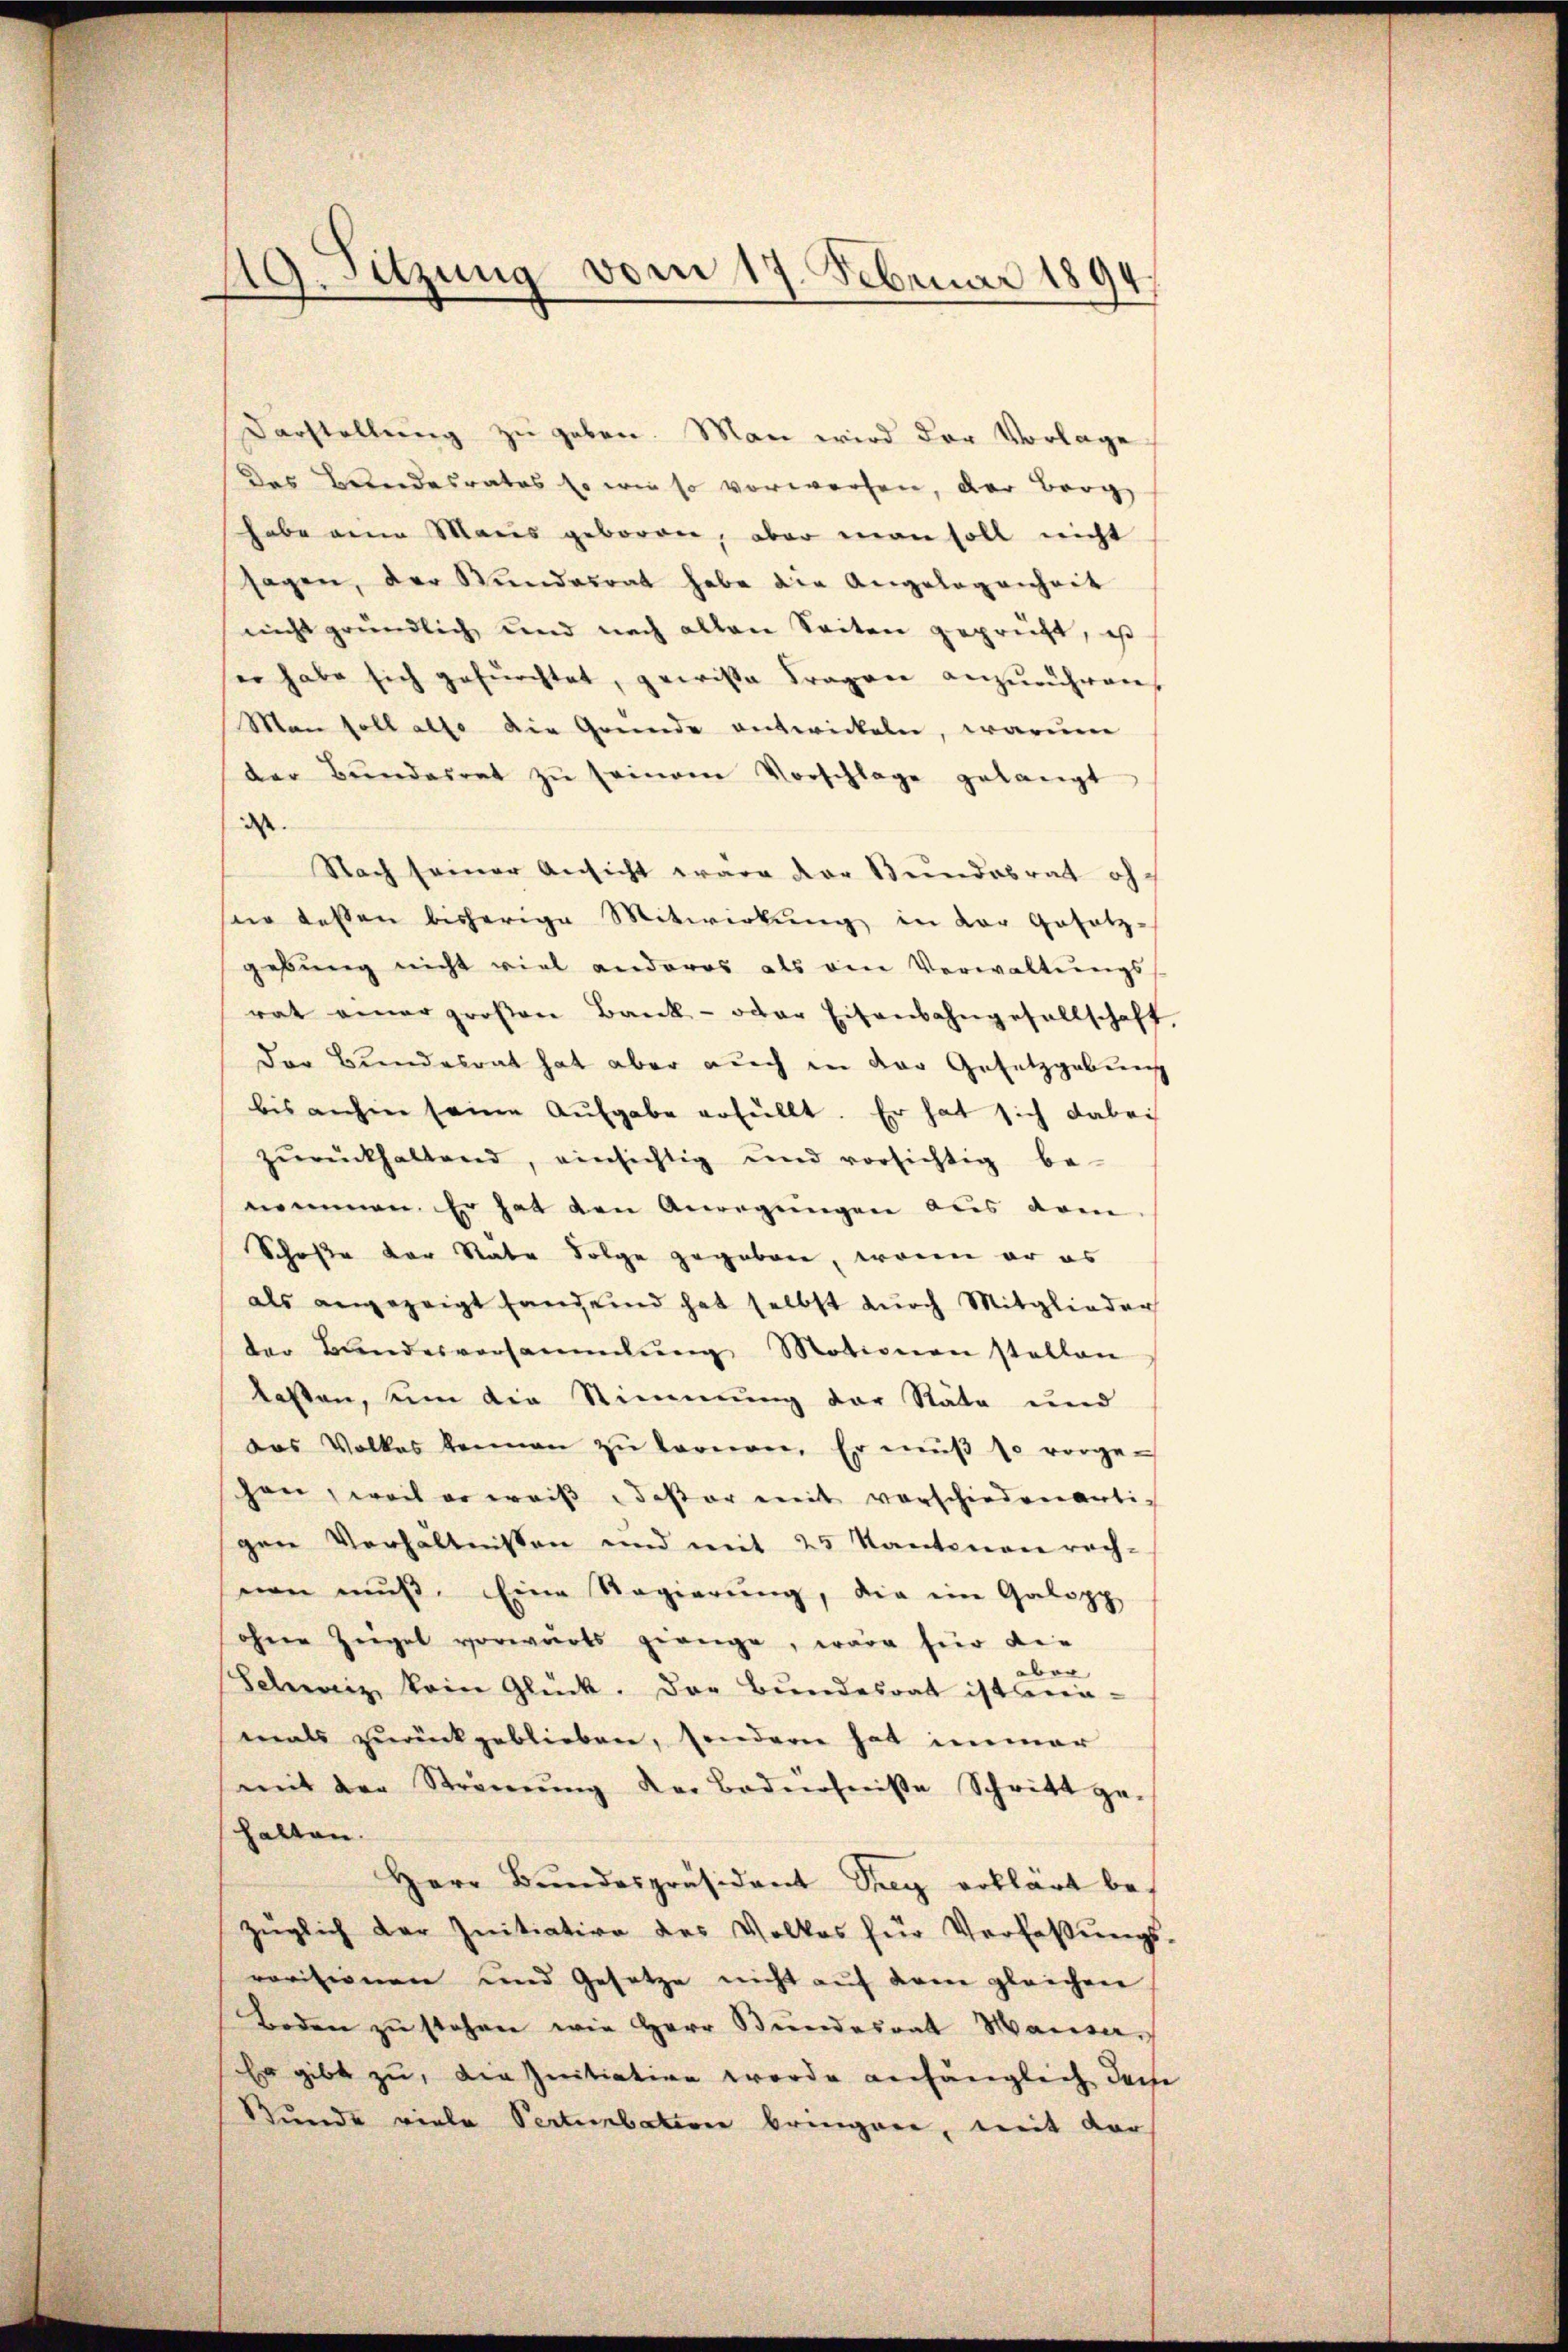
49. Setzung vom 17. Februar 1894.

Darstellung zu geben. Man wird der Vorlage
Das Bundesrates so wie so vorworfen, der Berg
habe eine Manis geboren, aber man soll nicht
sagen, der Wundesrat habe die Angelegenheit
nicht gründlich und nach allen Seiten geprüft, es
er habe sich gefürchtet, gewisse Fragen anzurühren,
Man soll also die Gründe entwickeln, warum
der Bŭndesrat zŭ seinem Vorschlage gelangt
Nach seiner Ansicht wäre der Bundesrat ofsie dessen bisherige Mitwirkung in der Gesetz-
gebung nicht viel anderes als ein Verwaltŭngs-
rat einer großen Bank- oder Eisenbahngesellschaft,
Der Bundesrat hat aber auch in der Gesetzgebung
bis anhin seine Aufgabe erfüllt. Er hat sich dabei
zŭrückhaltend, einsichtig und vorsichtig be-
nommen. Er hat den Anregungen aus dem
Schoße der Stäte Folge gegeben, wenn er es
als angezeigt handernd hat selbst durch Mitglieder
der Bandesversammlung Motionen statten
kasten, um die Stimmung der Stäte und
das Volkes keinen zŭ lernen. Er mŭβ so vorge-
hen, weil er weiß deser mit vorschiedenartigen Verhältnissen und mit 25 Kantonen rech-
nen muß. Eine Regierung, die ein Galopp
ohner Zeigel vorwärts geange, wäre hier die
Schweiz kein Glück. Der Bŭndesrat ist unmals zurückgeblieben, sondern hat immer
mit der Strömung der Bedürfniße Schritt ge-
halten.
Herr Bŭndespräsident Steg erklärt bezüglich der Initiative des Volkes für Verfaßungs-
rovisionen und Gesetze nicht auf dem gleichen
Boden zŭ stehen wie Herr Bundesrat Hauser.
Er gibt zu, die Initiation werde anfänglich dahe
Stunde viele Pertenbation bringen, mit der